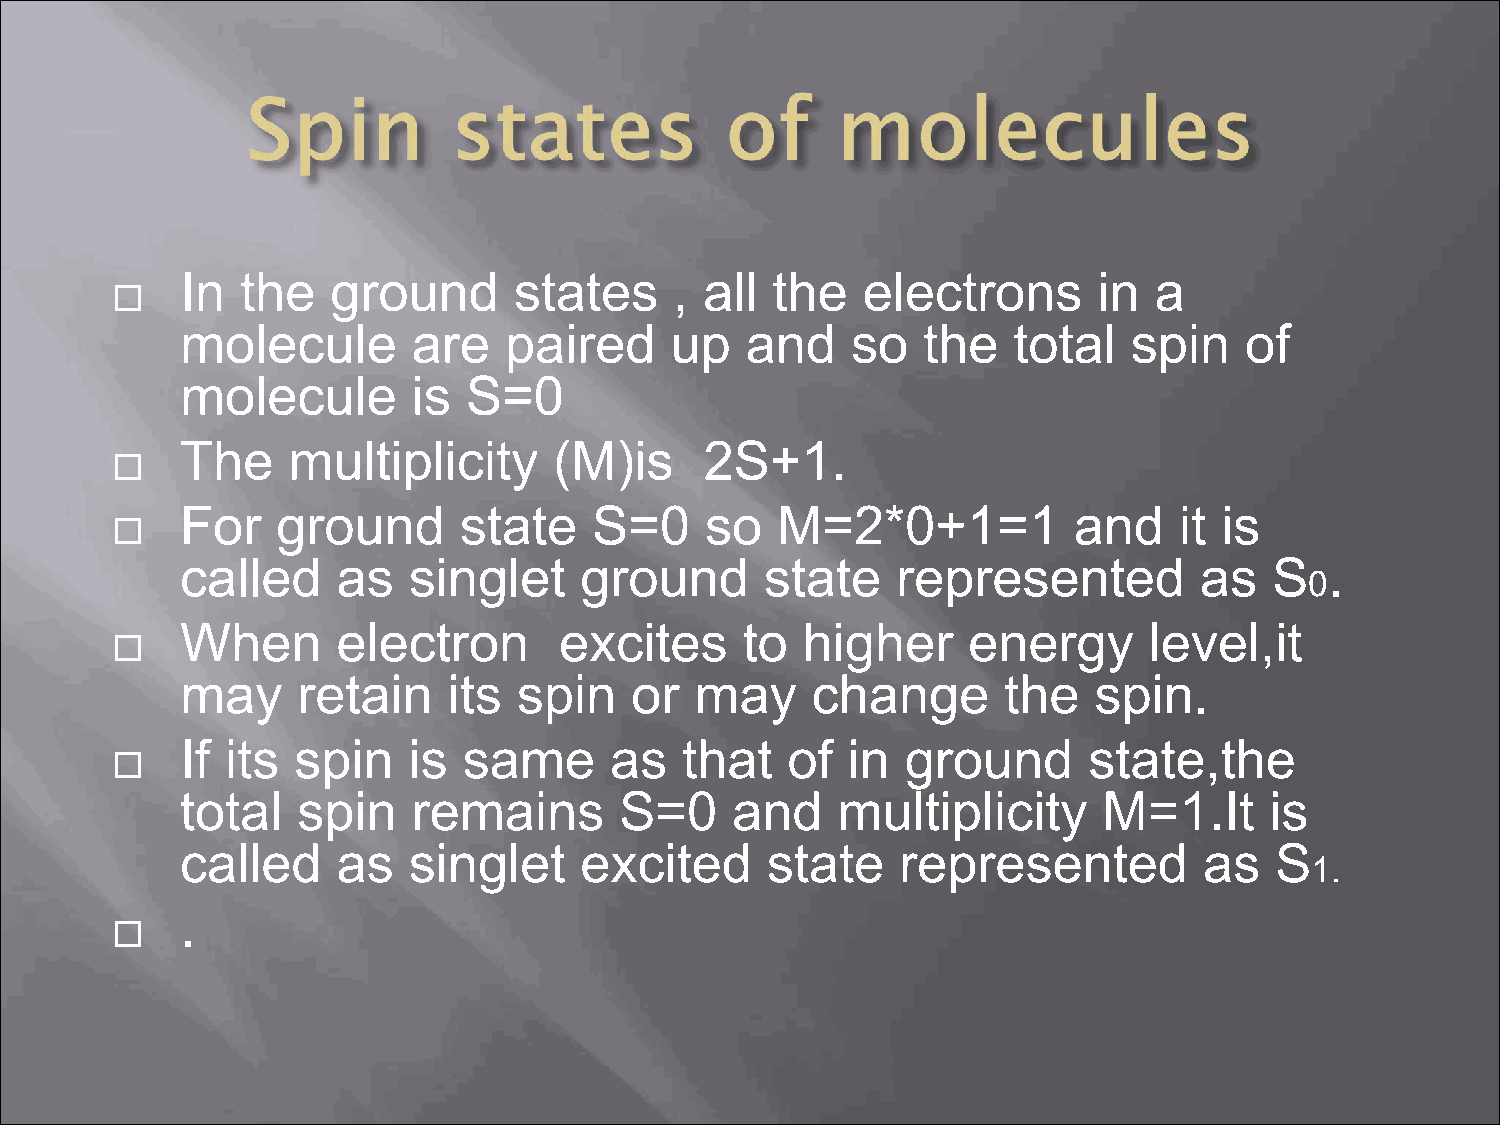
In  the   ground      states     , all the   electrons       in a
 
 molecule       are   paired     up   and    so   the   total   spin   of
 molecule       is  S=0
 The    multiplicity      (M)is     2S+1.
 
 For   ground      state    S=0     so  M=2*0+1=1           and    it is
 
 called    as   singlet    ground       state   represented         as   S   .
 0
 When      electron       excites     to  higher     energy      level,it
 
 may     retain    its spin    or  may     change      the   spin.
 If its spin    is  same     as   that   of  in  ground      state,the
 
 total   spin   remains       S=0    and    multiplicity      M=1.It     is
 called    as   singlet    excited      state    represented         as  S
 1.
 .
 